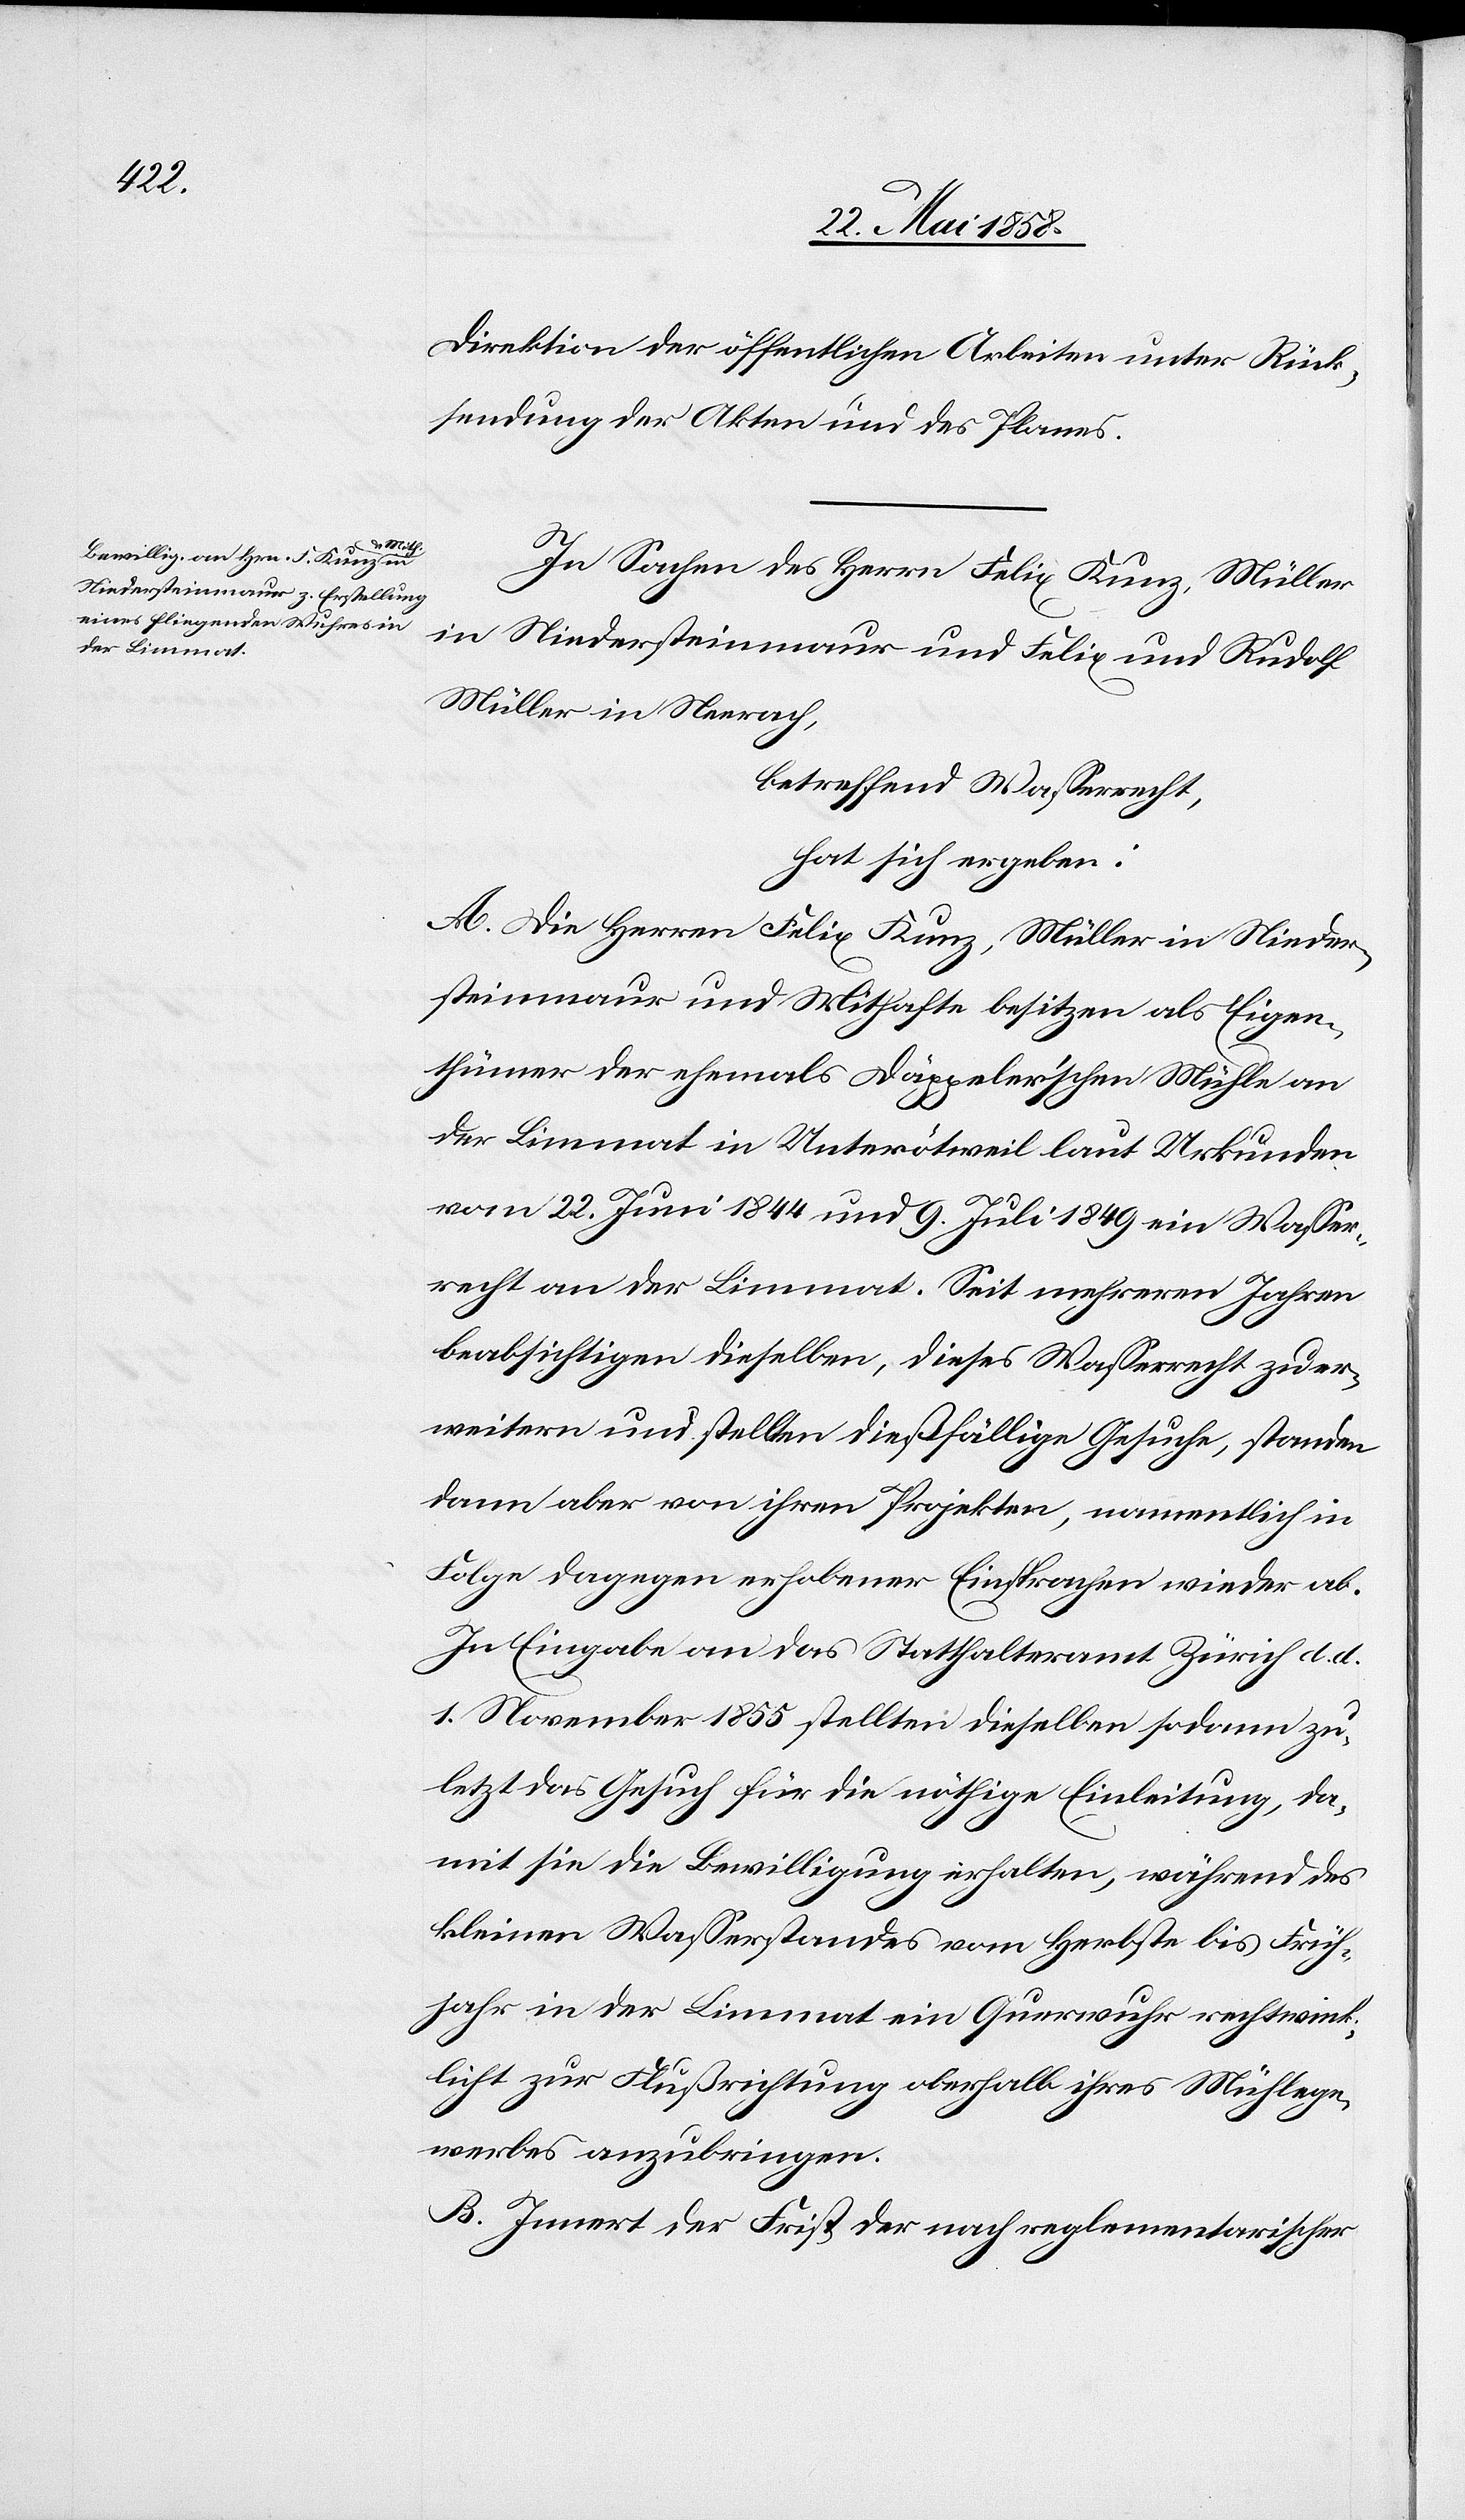
Direktion der öffentlichen Arbeiten unter Rück¬
stellung der Akten und des Planes.
In Sachen des Herrn Felix Kunz, Müller
in Niedersteinmaur und Felix und Rudolf
Müller in Neerach,
betreffend Wasserrecht
hat sich ergeben:
A. Die Herren Felix Kunz, Müller in Nieder¬
steinmaur und Mithafte besitzen als Eigen¬
thümer der ehemals Däppler’schen Mühle an
der Limmat in Unterötweil laut Urkunden
vom 22. Juni 1844 und 9. Juli 1849 ein Wasser¬
recht an der Limmat. Seit mehreren Jahren
beabsichtigen dieselben, dieses Wasserrecht zu er¬
weitern und stellen die dießfällige[n] Gesuche, standen
dann aber von ihren Projekten, namentlich in
Folge dagegen erhobener Einsprachen wieder ab.
In Eingabe an das Statthalteramt Zürich d. d.
1. November 1855 stellten dieselben sodann zu¬
letzt das Gesuch für die nöthige Einleitung, da¬
mit sie die Bewilligung erhalten, während des
kleinen Wasserstandes vom Herbste bis Früh¬
jahr in der Limmat ein Querwuhr rechtwink¬
licht zur Flußrichtung oberhalb ihres Mühlege¬
werbes anzubringen.
B. Inner der Frist der nach reglementarischer